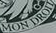
MON DROH